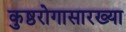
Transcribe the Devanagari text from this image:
कुष्ठरोगासारख्या